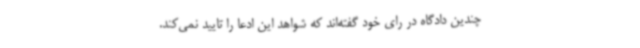
چندین دادگاه در رای خود گفته‌اند که شواهد این ادعا را تایید نمی‌کند.